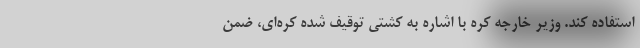
استفاده کند. وزیر خارجه کره با اشاره به کشتی توقیف شده کره‌ای، ضمن